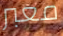
معبر